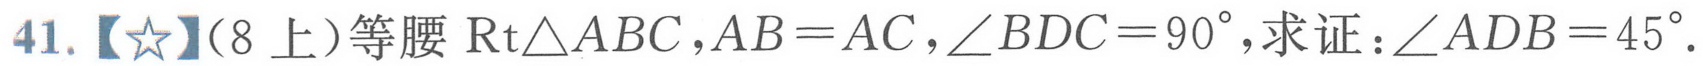
41.【☆】（8上）等腰 \(\text{Rt}\triangle ABC\)，\(AB = AC\)，\(\angle BDC = 90^{\circ}\)，求证：\(\angle ADB = 45^{\circ}\).